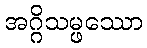
အဂ္ဂိသမ္ဖဿော